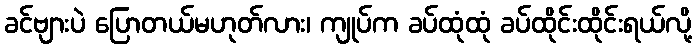
ခင်ဗျားပဲ ပြောတယ်မဟုတ်လား၊ ကျုပ်က ခပ်ထုံထုံ ခပ်ထိုင်းထိုင်းရယ်လို့